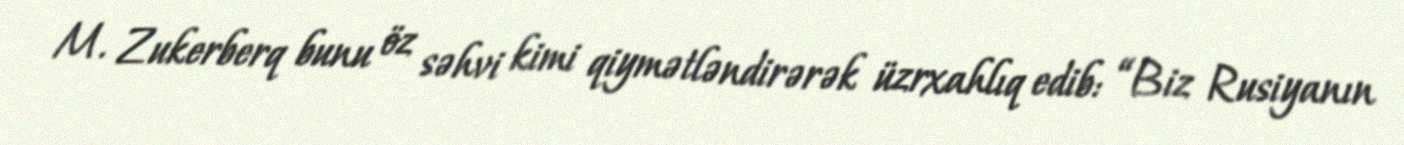
M. Zukerberq bunu öz səhvi kimi qiymətləndirərək üzrxahlıq edib: “Biz Rusiyanın